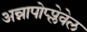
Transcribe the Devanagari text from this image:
अन्नापोप्प्लेवेल